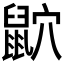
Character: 𪕏